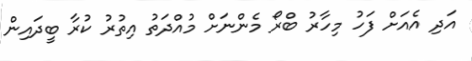
އަދި އެއަށް ފަހު މިހާރު ބްރޯ މެންނަށް މުއްދަތު އިތުރު ކުރާ ބީދައިން